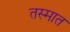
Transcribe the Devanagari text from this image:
तस्मात